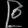
Digit: ၉